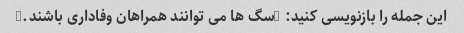
این جمله را بازنویسی کنید: "سگ ها می توانند همراهان وفاداری باشند."